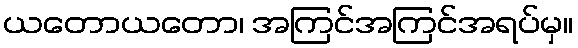
ယတောယတော၊ အကြင်အကြင်အရပ်မှ။